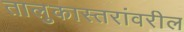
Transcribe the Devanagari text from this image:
तालुकास्तरांवरील